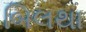
બિલથા